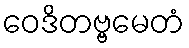
ဝေဒိတဗ္ဗမေတံ